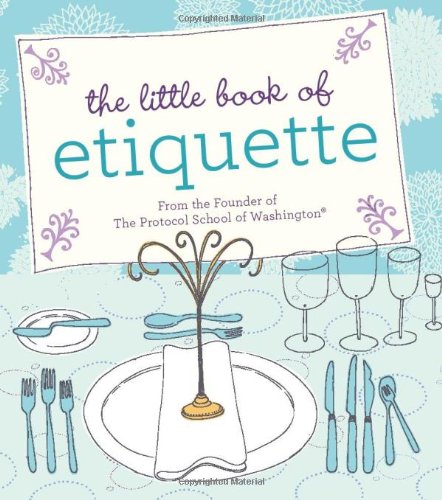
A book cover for The Little Book of Etiquette; Dorothea Johnson; Reference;